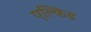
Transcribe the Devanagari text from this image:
एल्किड